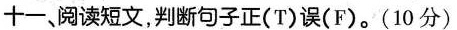
十一、阅读短文,判断句子正(T)误(F)。(10 分)